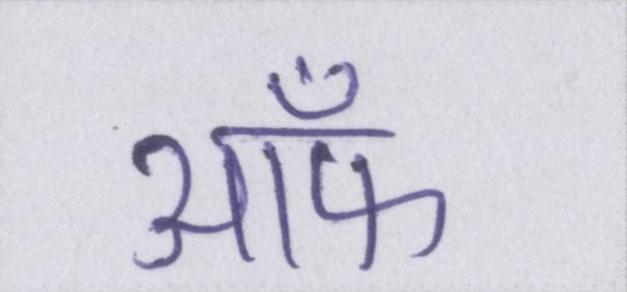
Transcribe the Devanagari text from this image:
ऑफ